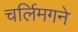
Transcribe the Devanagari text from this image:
चर्लिमगने